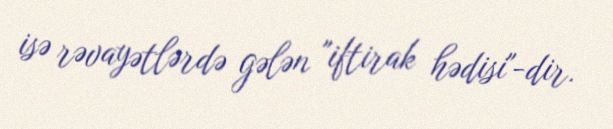
isə rəvayətlərdə gələn "iftirak hədisi"-dir.